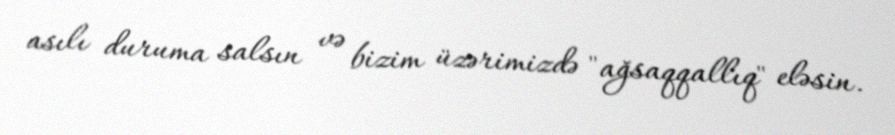
asılı duruma salsın və bizim üzərimizdə "ağsaqqallıq" eləsin.